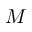
M